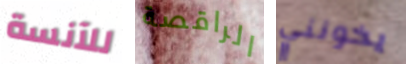
للآنسة الراقصة يخونني